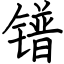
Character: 镨